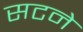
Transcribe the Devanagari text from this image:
सटने